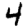
Digit: 4